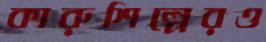
কারুশিল্পেরও